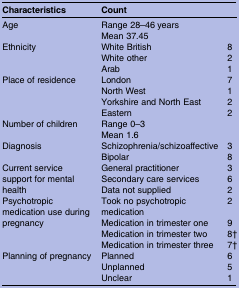
<table><thead><tr><td><b>Characteristics</b></td><td colspan="2"><b>Count</b></td></tr></thead><tbody><tr><td>Age</td><td colspan="2">Range 28–46 yearsMean 37.45</td></tr><tr><td rowspan="3">Ethnicity</td><td>White British</td><td>8</td></tr><tr><td>White other</td><td>2</td></tr><tr><td>Arab</td><td>1</td></tr><tr><td rowspan="4">Place of residence</td><td>London</td><td>7</td></tr><tr><td>North West</td><td>1</td></tr><tr><td>Yorkshire and North East</td><td>2</td></tr><tr><td>Eastern</td><td>2</td></tr><tr><td>Number of children</td><td colspan="2">Range 0–3Mean 1.6</td></tr><tr><td rowspan="2">Diagnosis</td><td>Schizophrenia/schizoaffective</td><td>3</td></tr><tr><td>Bipolar</td><td>8</td></tr><tr><td rowspan="3">Current service support for mental health</td><td>General practitioner</td><td>3</td></tr><tr><td>Secondary care services</td><td>6</td></tr><tr><td>Data not supplied</td><td>2</td></tr><tr><td rowspan="4">Psychotropic medication use during pregnancy</td><td>Took no psychotropic medication</td><td>2</td></tr><tr><td>Medication in trimester one</td><td>9</td></tr><tr><td>Medication in trimester two</td><td>8†</td></tr><tr><td>Medication in trimester three</td><td>7†</td></tr><tr><td>Planning of pregnancy</td><td>Planned</td><td>6</td></tr><tr><td></td><td>Unplanned</td><td>5</td></tr><tr><td></td><td>Unclear</td><td>1</td></tr></tbody></table>